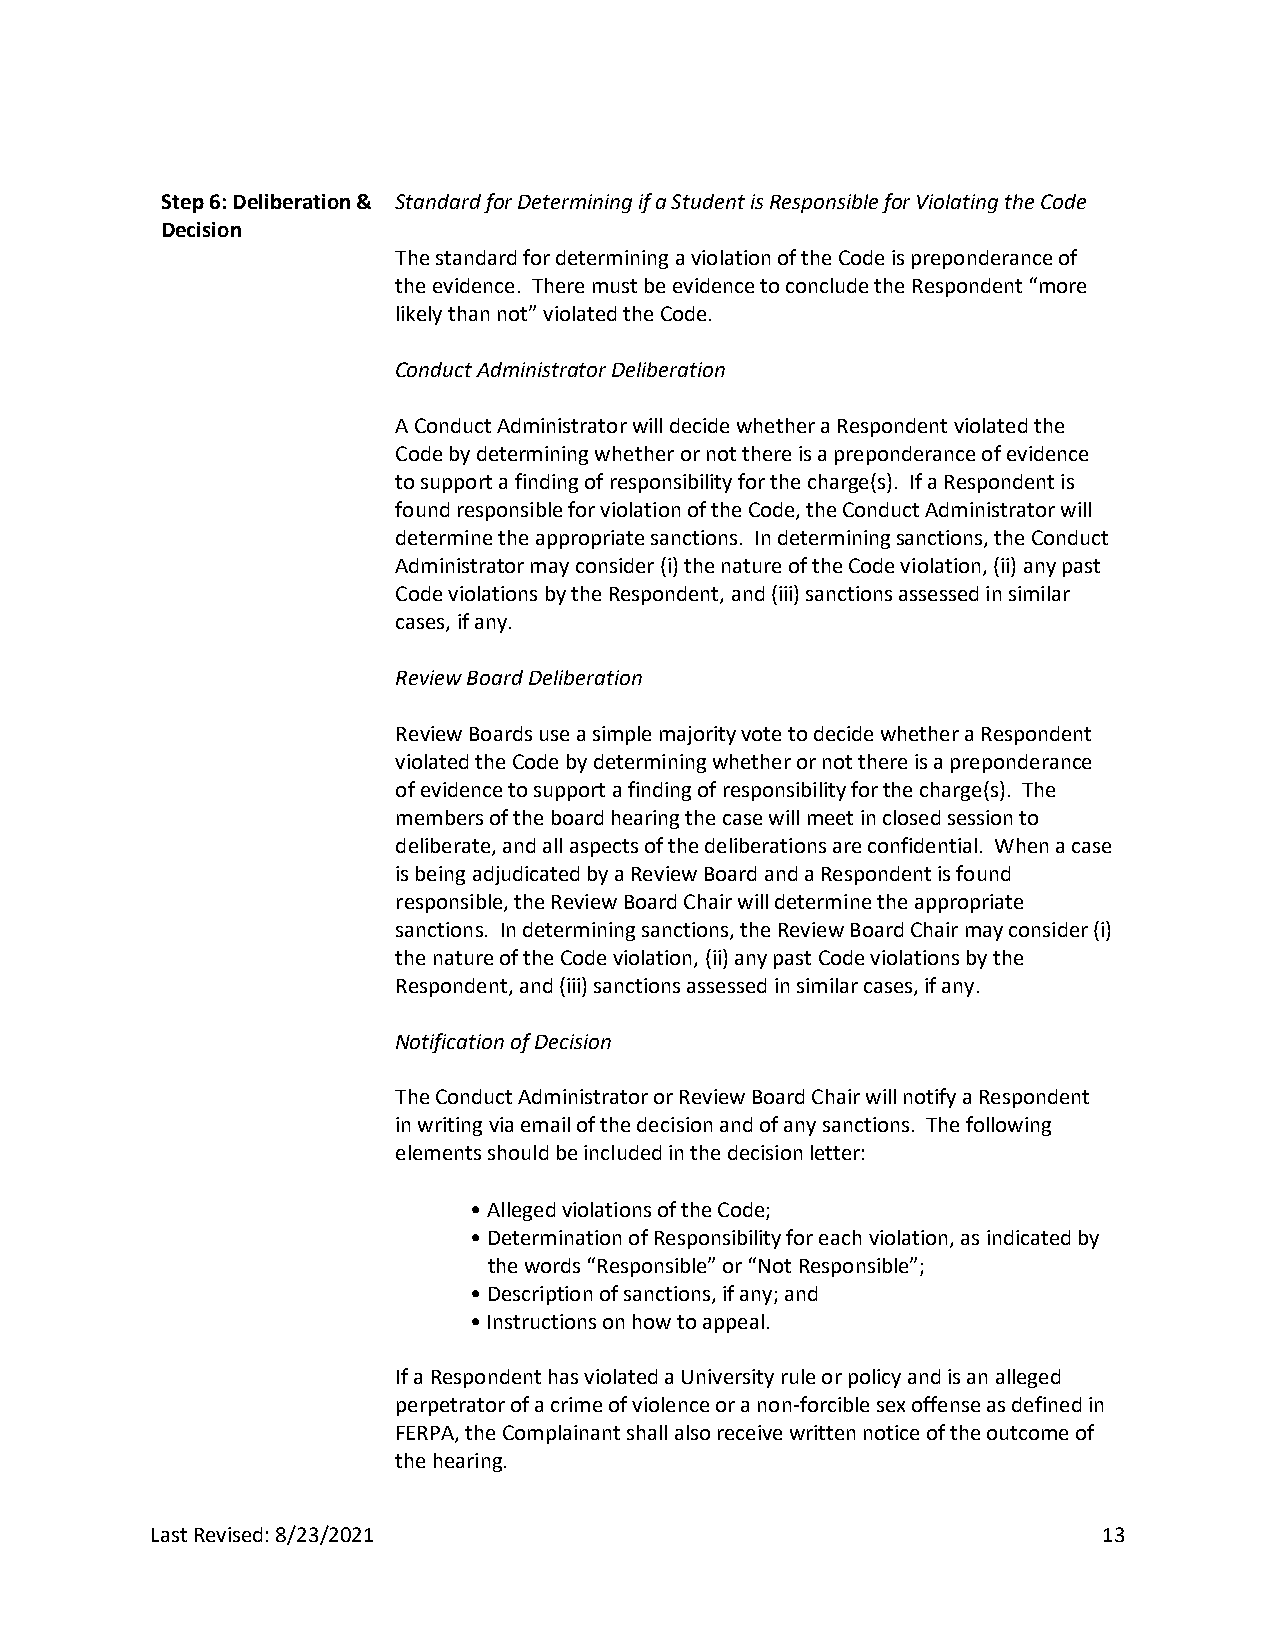
Step 6: Deliberation & Standard for Determining if a Student is Responsible for Violating the Code
 Decision
 The standard for determining a violation of the Code is preponderance of
 the evidence. There must be evidence to conclude the Respondent “more
 likely than not” violated the Code.
 Conduct Administrator Deliberation
 A Conduct Administrator will decide whether a Respondent violated the
 Code by determining whether or not there is a preponderance of evidence
 to support a finding of responsibility for the charge(s). If a Respondent is
 found responsible for violation of the Code, the Conduct Administrator will
 determine the appropriate sanctions. In determining sanctions, the Conduct
 Administrator may consider (i) the nature of the Code violation, (ii) any past
 Code violations by the Respondent, and (iii) sanctions assessed in similar
 cases, if any.
 Review Board Deliberation
 Review Boards use a simple majority vote to decide whether a Respondent
 violated the Code by determining whether or not there is a preponderance
 of evidence to support a finding of responsibility for the charge(s). The
 members of the board hearing the case will meet in closed session to
 deliberate, and all aspects of the deliberations are confidential. When a case
 is being adjudicated by a Review Board and a Respondent is found
 responsible, the Review Board Chair will determine the appropriate
 sanctions. In determining sanctions, the Review Board Chair may consider (i)
 the nature of the Code violation, (ii) any past Code violations by the
 Respondent, and (iii) sanctions assessed in similar cases, if any.
 Notification of Decision
 The Conduct Administrator or Review Board Chair will notify a Respondent
 in writing via email of the decision and of any sanctions. The following
 elements should be included in the decision letter:
 • Alleged violations of the Code;
 • Determination of Responsibility for each violation, as indicated by
 the words “Responsible” or “Not Responsible”;
 • Description of sanctions, if any; and
 • Instructions on how to appeal.
 If a Respondent has violated a University rule or policy and is an alleged
 perpetrator of a crime of violence or a non-forcible sex offense as defined in
 FERPA, the Complainant shall also receive written notice of the outcome of
 the hearing.
 Last Revised: 8/23/2021                                        13